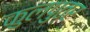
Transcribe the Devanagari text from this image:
कुलपुत्र